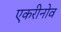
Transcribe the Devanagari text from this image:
एकरीनोव